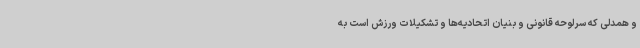
و همدلی که سرلوحه قانونی و بنیان اتحادیه‌ها و تشکیلات ورزش است به